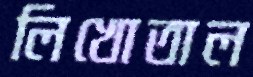
লিখোতাল